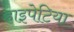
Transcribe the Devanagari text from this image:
हाइपेटिया